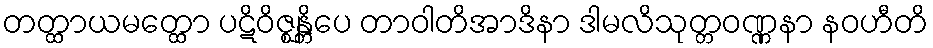
တတ္ထာယမတ္ထော ပဋိဝိဇ္ဈန္တိပေ တာဝါတိအာဒိနာ ဒါမလိသုတ္တဝဏ္ဏနာ နဝဟီတိ